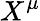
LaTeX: X^{\mu}